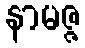
နာမဇ္ဇ